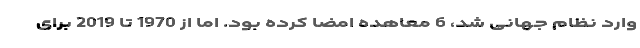
وارد نظام جهانی شد، 6 معاهده امضا کرده بود. اما از 1970 تا 2019 برای